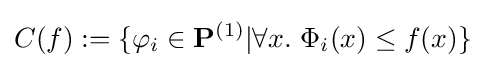
C(f):=\{\varphi _{i}\in \mathbf {P} ^{(1)}|\forall x.\ \Phi _{i}(x)\leq f(x)\}